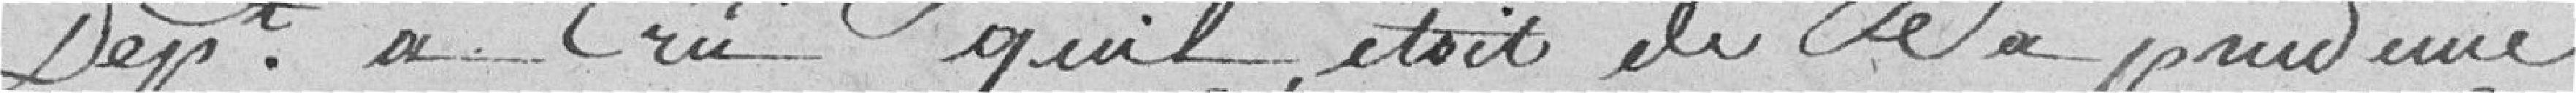
Département a cru qu'il était de sa prudence